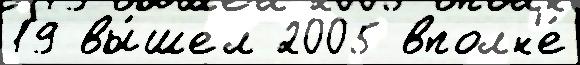
19 вы́шел 2005 вполн'е́